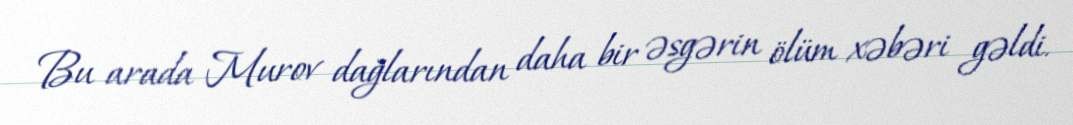
Bu arada Murov dağlarından daha bir əsgərin ölüm xəbəri gəldi.